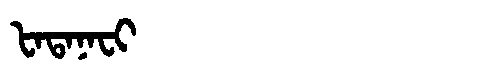
Manchu: ᡶᠠᡨᠠᠨᠠᠸᡳ
Romanization: FATANAFI